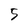
Character: 5